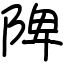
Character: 陴